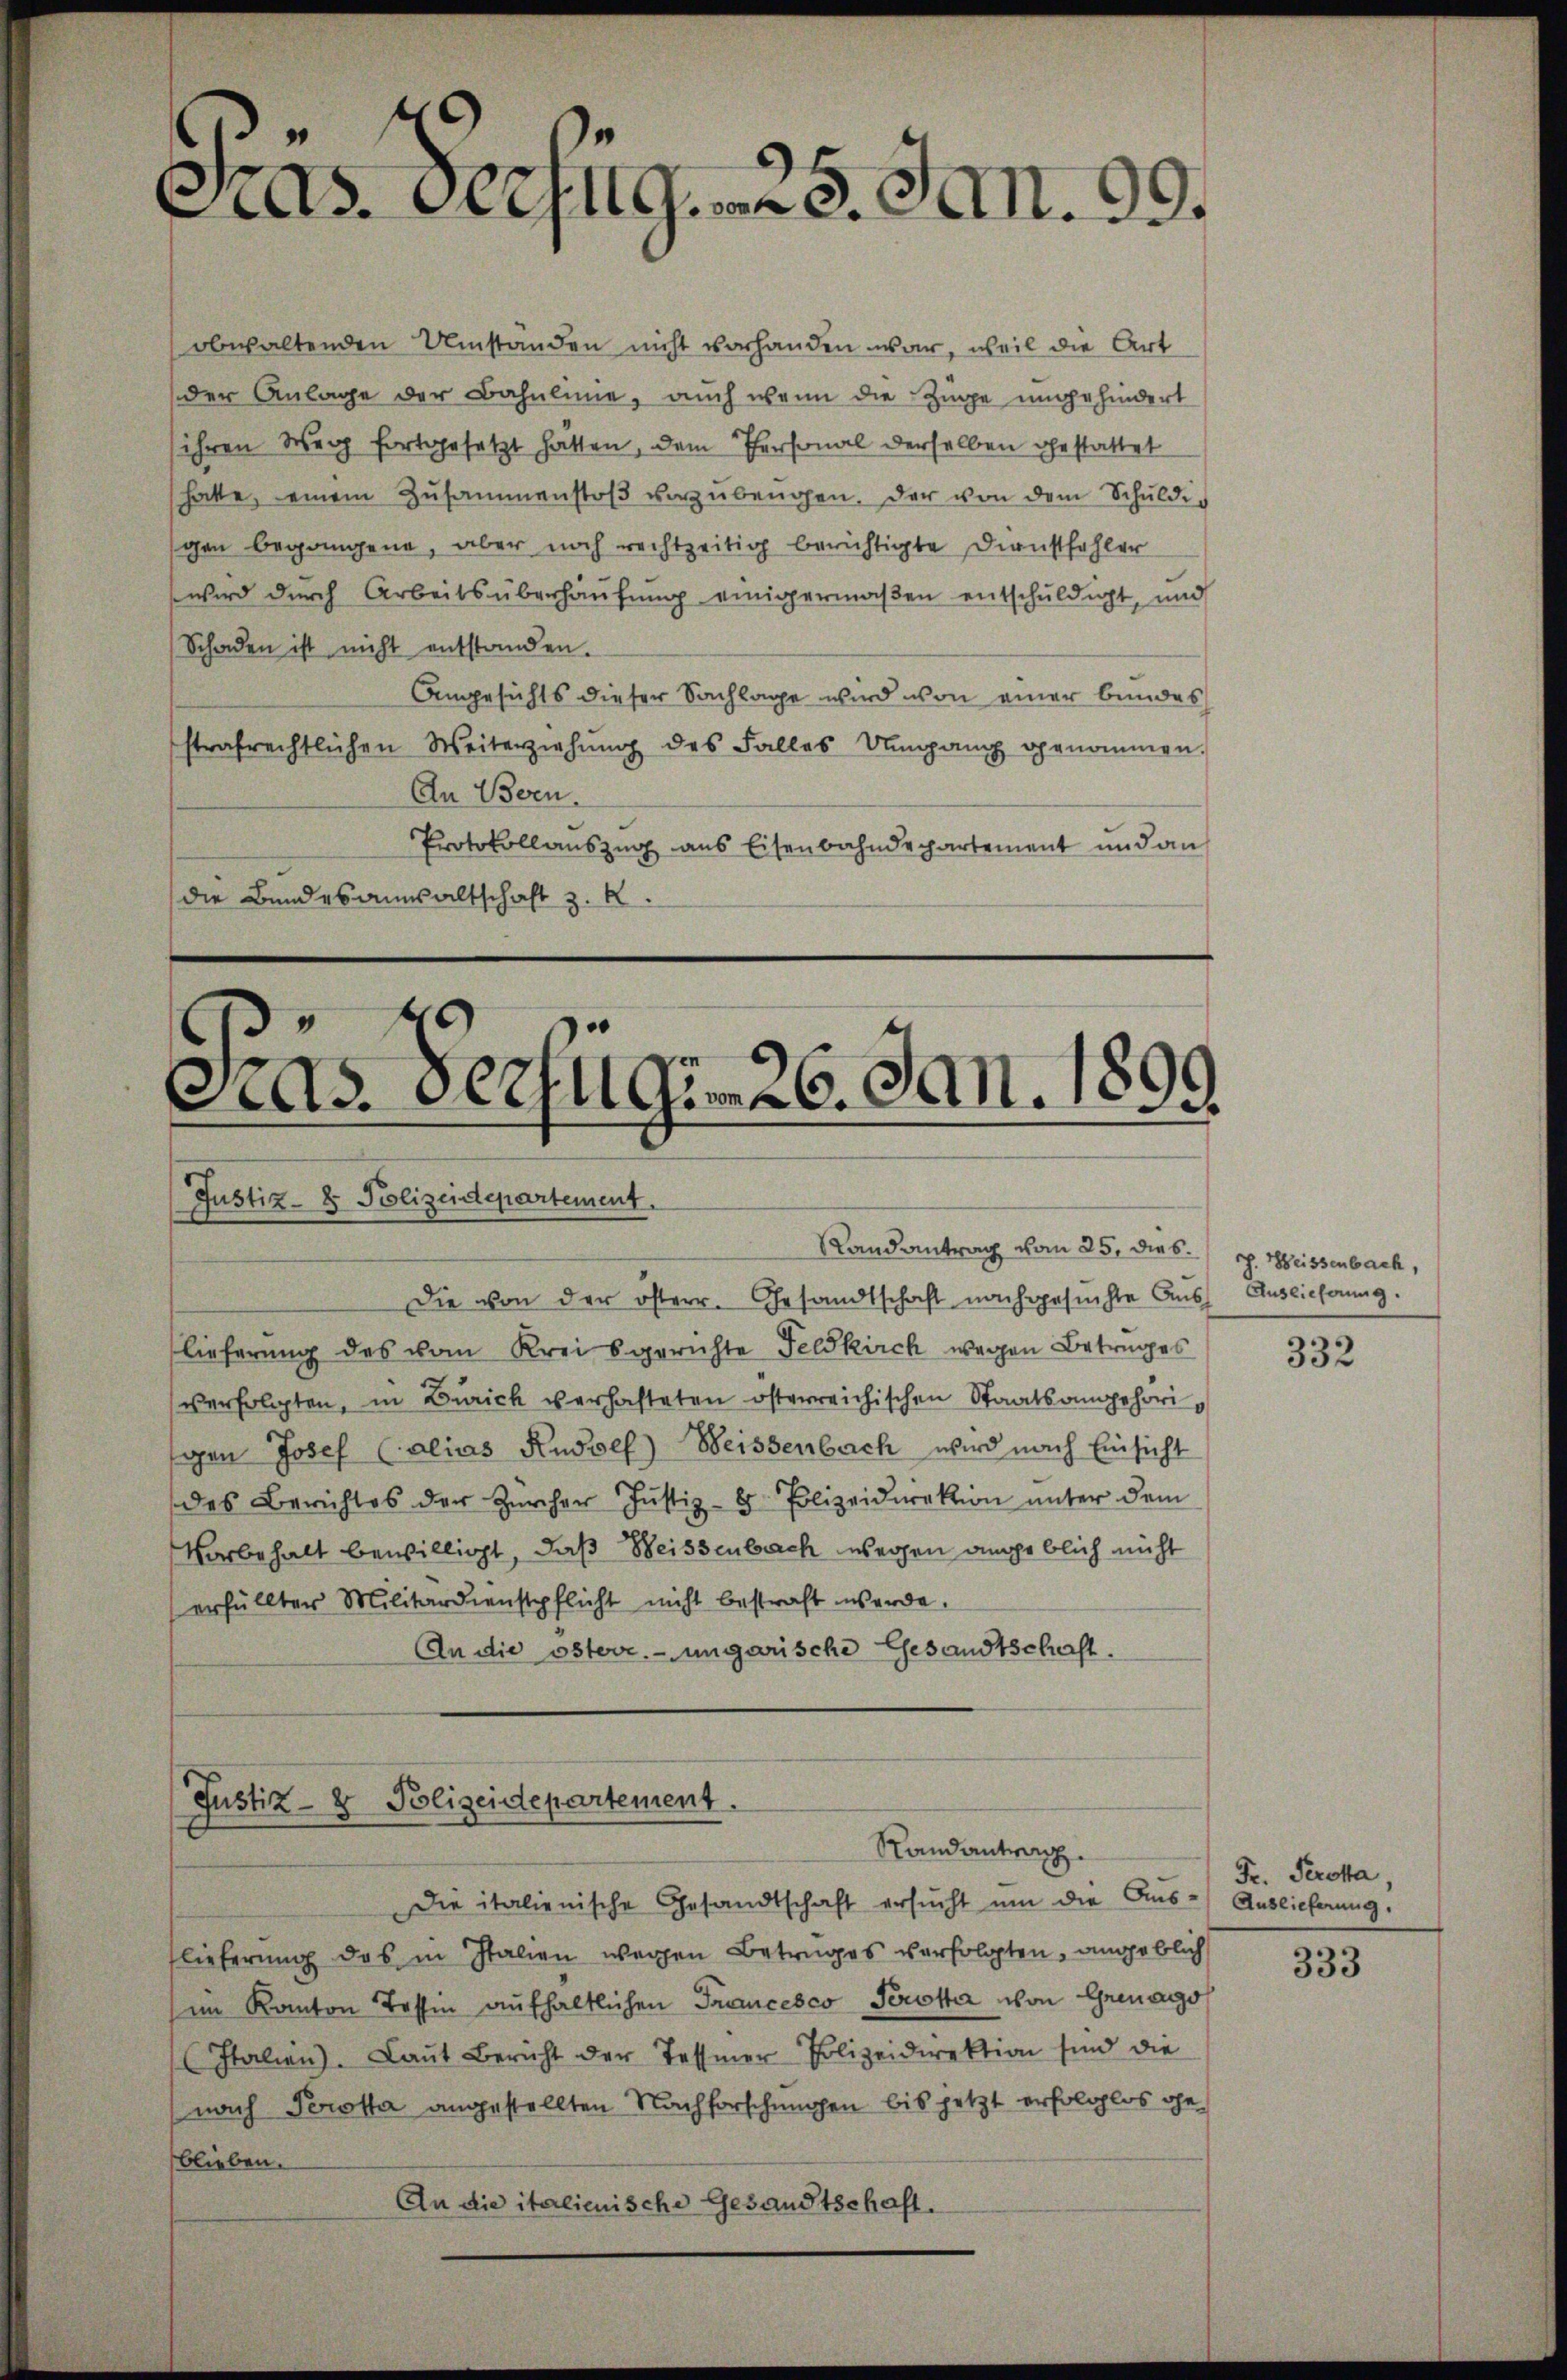
f
s
as. Derzug. 18. Jan. 99.

obwaltenden Umstanden nicht vorhanden war, weil die Art
der Anlage der Bahnlinie, auch wenn die Zuge ungehindert
ihren Weg fortgesetzt hatten, dem Personal derselben gestattet
hatte, einem Zŭsammenstoβ vorzubeugen. Der von dem Schuldigen begangene, aber noch rechtzeitig berichtigte Dienstfehler
 wird durch Arbeitsüberhausung einigermaßen entschuldigt, und
Schaden ist nicht entstanden.
Angesichts dieser Sachlage wird von einer bundes
strafrechtlichen Weiterziehŭng des Falles Umgang genommen.
An Bern.
Protokollauszug aus Eisenbahndepartement und an
die Bundesanwaltschaft z. R.

d
As. erfügen 26. Jan. 1899
Justiz- & Polizeidepartement.
Randantrag vom 25. dies

Die von der österr. Gesandtschaft nachgesuchte Aus Auslicherung.
lieferung des vom Kreisgerichte Feldkirch wegen Betruges
verfolgten, in Zürich verhafteten österreichischen Staatsangehörigen Josef (alias Rudolf Weissenbach wird nach Einsicht
des Berichtes der Zürcher Justiz- & Polizeidirektion unter dem
Vorbehalt bewilligt, daß Weissenbach wegen angeblich nicht
erfüllter Militardienstpflicht nicht bestraft werde.
An die österr.-ungarische Gesandtschaft.

Justiz- & Polizeidepartement.
Randantrag.

Die italienische Gesandtschaft ersŭcht um die Aus- Auslieferung.
flieferung das in Italien wegen Betruges verfolgten, angeblich
im Kanton Tessin aufhaltlichen Francesco Perotta von Grenago
Italien). Laŭt Bericht der Tessier-Polizeidirektion sind die
nach Perotta angestellten Nachforschungen bis jetzt erfolglos geblieben.
An die italienische Gesandtschaft.

J. Weissenbach,

332

Fr. Perota,

333